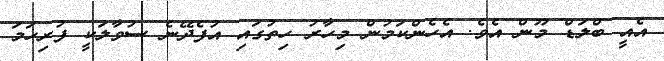
އެއީ ބްލަޑް މޫން އެވެ. އެހެންކަމުން މިހާރު ހިތުގައި އުފެދޭނެ ސުވާލަކީ ފުރިހަމަ